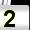
Digit: 2